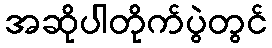
အဆိုပါတိုက်ပွဲတွင်